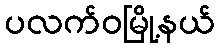
ပလက်ဝမြို့နယ်